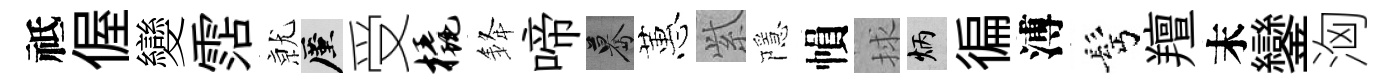
祗偓變霑𭕒厪受橇𨦟啼驀蕙𬗋隱𢄙捄炳徧溥髩羶末鑾洶